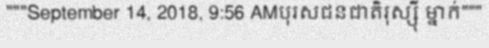
"""September 14, 2018, 9:56 AMបុរសជនជាតិរុស្ស៊ី ម្នាក់"""